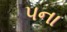
પના